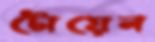
টোয়েন